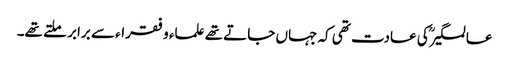
عالمگیرؒ کی عادت تھی کہ جہاں جاتے تھے علماء و فقراء سے برابر ملتے تھے۔